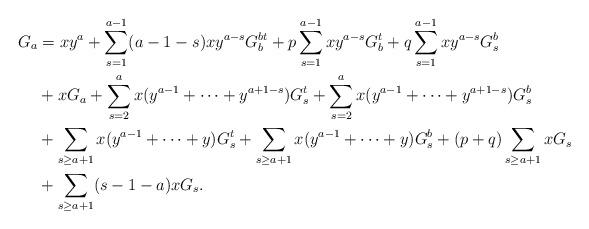
LaTeX: \begin{align*}G_a&=xy^a+\sum_{s=1}^{a-1}(a-1-s)xy^{a-s}G_b^{bt}+p\sum_{s=1}^{a-1}xy^{a-s}G_b^{t}+q\sum_{s=1}^{a-1}xy^{a-s}G_s^{b}\\&+xG_a+\sum_{s=2}^ax(y^{a-1}+\cdots+y^{a+1-s})G_s^t+\sum_{s=2}^ax(y^{a-1}+\cdots+y^{a+1-s})G_s^b\\&+\sum_{s\geq a+1}x(y^{a-1}+\cdots+y)G_s^t+\sum_{s\geq a+1}x(y^{a-1}+\cdots+y)G_s^b+(p+q)\sum_{s\geq a+1}xG_s\\&+\sum_{s\geq a+1}(s-1-a)xG_s.\end{align*}